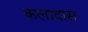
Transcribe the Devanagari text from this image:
कलादास